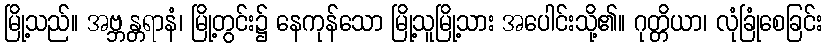
မြို့သည်။ အဗ္ဘန္တရာနံ၊ မြို့တွင်း၌ နေကုန်သော မြို့သူမြို့သား အပေါင်းသို့၏။ ဂုတ္တိယာ၊ လုံခြုံစေခြင်း